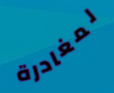
لمغادرة